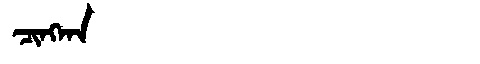
Manchu: ᠴᡳᠩᡴᠠ
Romanization: CINGKA